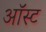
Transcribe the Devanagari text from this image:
ऑस्ट